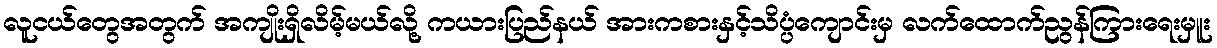
လူငယ်တွေအတွက် အကျိုးရှိလိမ့်မယ်လို့ ကယားပြည်နယ် အားကစားနှင့်သိပ္ပံကျောင်းမှ လက်ထောက်ညွန်ကြားရေးမှူး